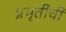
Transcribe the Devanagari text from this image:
प्रभृतींची